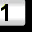
Digit: 1